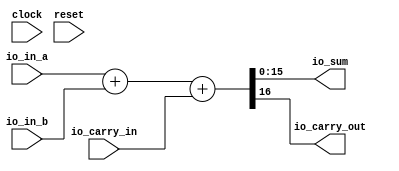
module adderGenerator(
  input         clock,
  input         reset,
  input  [15:0] io_in_a,
  input  [15:0] io_in_b,
  input         io_carry_in,
  output [15:0] io_sum,
  output        io_carry_out
);
  wire [16:0] _outWire_T = io_in_a + io_in_b; // @[adderGenerator.scala 21:24]
  wire [16:0] _GEN_0 = {{16'd0}, io_carry_in}; // @[adderGenerator.scala 21:35]
  wire [17:0] _outWire_T_1 = _outWire_T + _GEN_0; // @[adderGenerator.scala 21:35]
  wire [16:0] outWire = _outWire_T_1[16:0]; // @[adderGenerator.scala 20:23 21:13]
  assign io_sum = outWire[15:0]; // @[adderGenerator.scala 22:12]
  assign io_carry_out = outWire[16]; // @[adderGenerator.scala 23:28]
endmodule